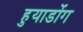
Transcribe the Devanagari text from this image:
हुयाडोंग